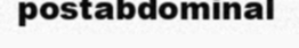
postabdominal